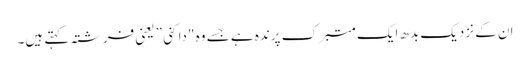
ان کے نزدیک بدھ ایک متبرک پرندہ ہے جسے وہ "داکنی” یعنی فرشتہ کہتے ہیں۔